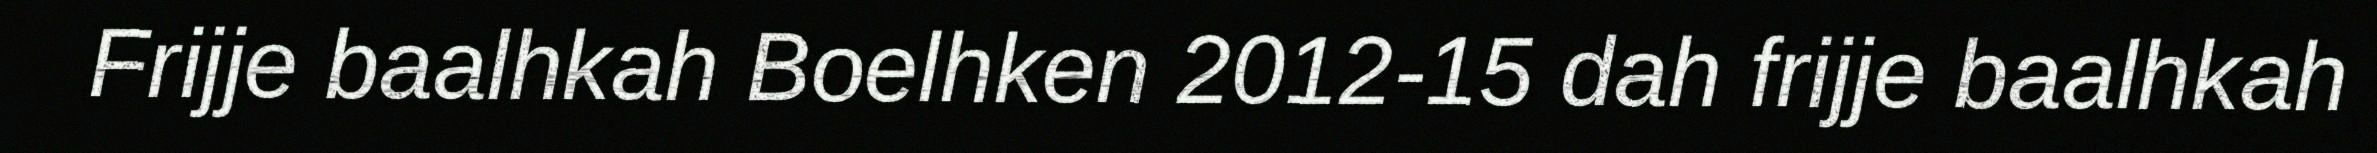
Frijje baalhkah Boelhken 2012-15 dah frijje baalhkah